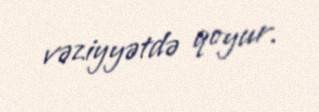
vəziyyətdə qoyur.